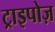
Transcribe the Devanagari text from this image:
ट्राइपोज़